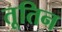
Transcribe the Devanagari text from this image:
तूतिन